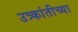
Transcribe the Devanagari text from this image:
उत्र्कांतीच्या